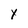
Character: Y